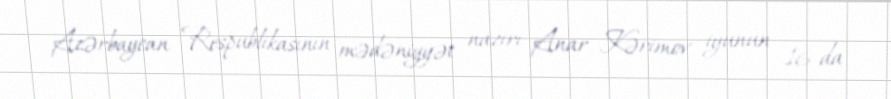
Azərbaycan Respublikasının mədəniyyət naziri Anar Kərimov iyunun 16-da